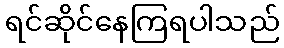
ရင်ဆိုင်နေကြရပါသည်